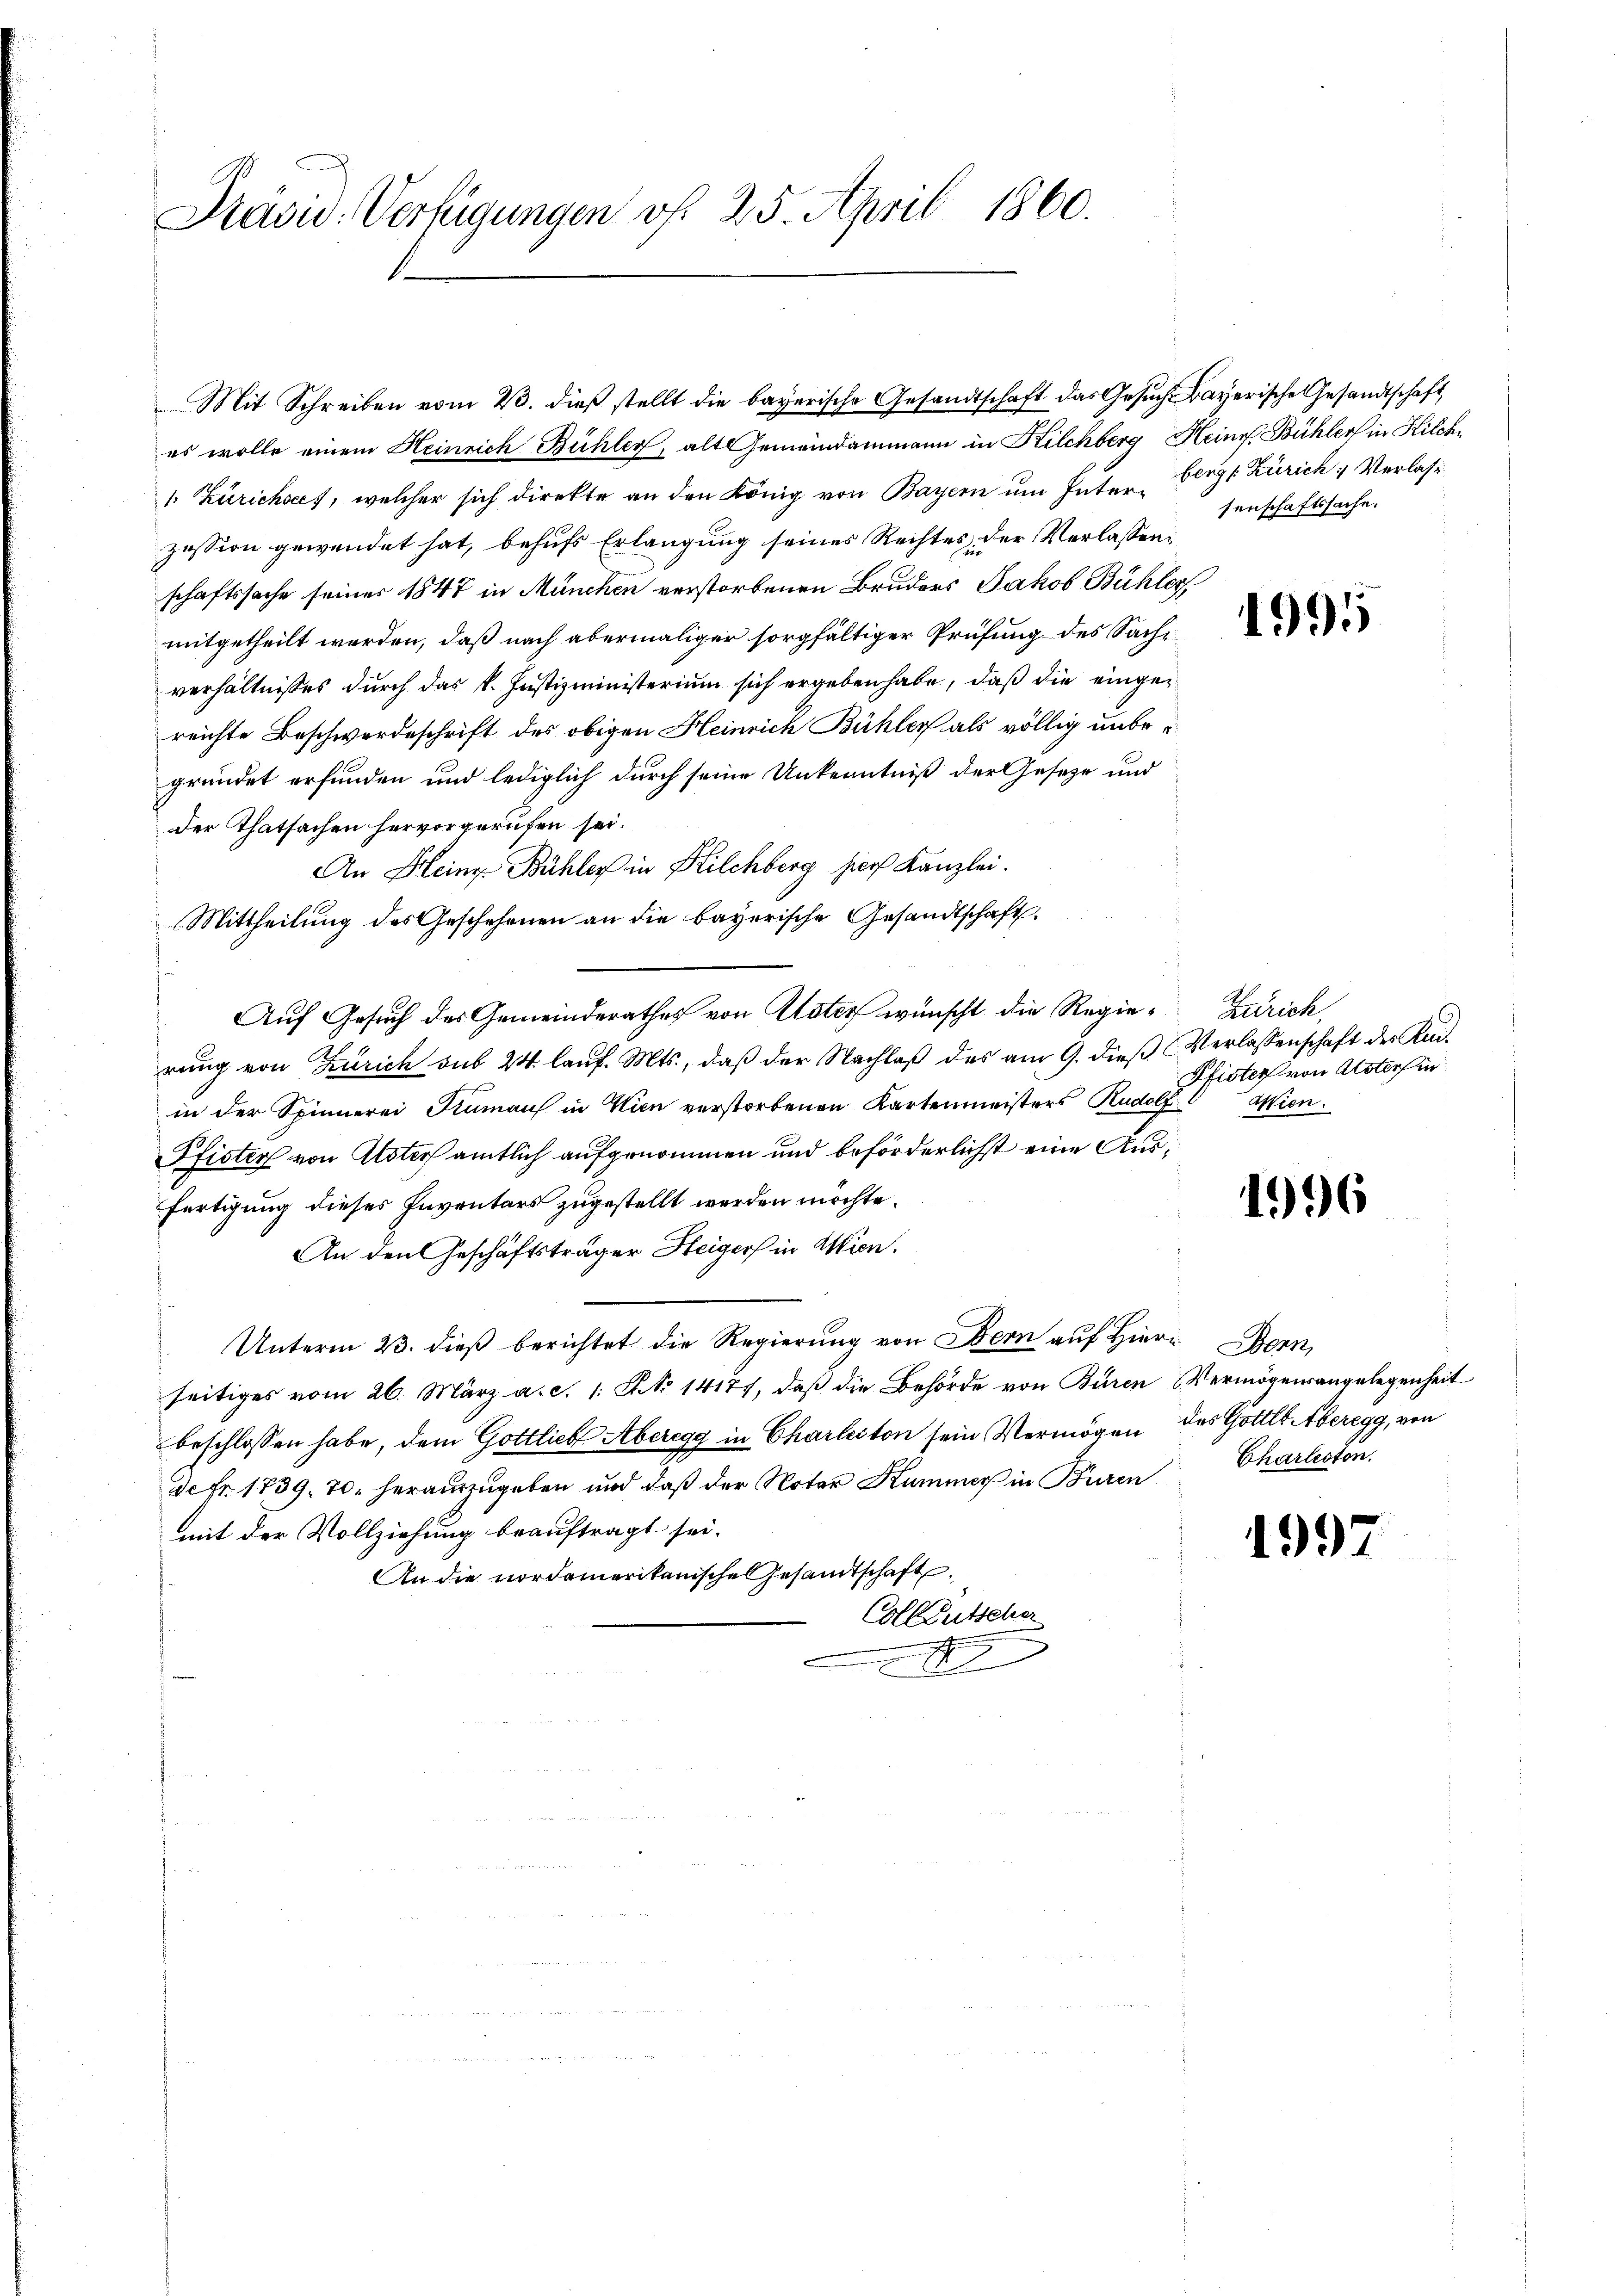
Präsid.-Verfügungen vf. 25. April 1860.

es wolle einem Heinrich Bühler, als Gemeindammann in Kilchberg Heine Bühlers in Kilch¬
1. Zürichsees, welcher sich direkte an den König von Bayern um Inter-Bergs Zürich  Verlass
zession gewendet hat, behufs Erlangung seines Rechtes der Verlassen,
schaftssache seiner 1847 in München verstorbenen Bruders Jakob Bühler
mitgetheilt worden, daß nach abermaliger sorgfältiger Prüfung des Sache
verhältnisses durch das k. Justizministerium sich ergeben habe, daß die eingereichte Beschwerdeschrift des obigen Heinrich Bühler als völlig unbegründet erfunden und lediglich durch seine Unkenntniß der Geseze und
der Thatsachen hervorgerufen sei.
An Heine Bühler in Hilchberg pers Kanzlei.
Mittheilung des Geschehenen an die bayerische Gesandtschaft.
Auf Gesuch des Gemeinderathes von Uster wünscht die Regie-Zürich
rung von Zürich sub 24 lauf. Mts., daß der Nachlaß des am 9. dieß Verlassenschaft der Kaiin der Spinnerei Kumaus in Wien verstorbenen Kartenmeisters Rudolf Asien.
Pfister von Uster amtlich aufgenommen und beförderlichst eine Ausfertigung dieses Inventars zugestellt werden möchte.
An den Geschäftsträger Heigers in Wien.
Unterm 23. dieß berichtet die Regierung von Bern auf Hiern Bern,
seitiges vom 26. März a. c. 1. No 14187, daβ die Behörde von Büren Vermögensangelegenheit
beschlossen habe, dem Gottlieb Aberegg in Charleston sein Vermögen des Gottl. Aberegg, von
de Fr. 1739. 70. herauszugeben und daß der Notar Kummer in Buren
mit der Vollziehung beauftragt sei.
An die nordamerikanische Gesandtschaft
Colkutscher
x

Mit Schreiben vom 23. dieβ stellt die bayerische Gesandtschaft das Gesŭch Bayerische Gesandtschaft

senschaftssache.

1995

Pfister von Usters in

1996

Charleston.

1997